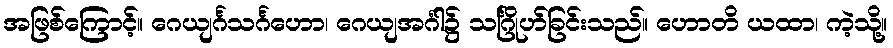
အဖြစ်ကြောင့်။ ဂေယျင်္ဂသင်္ဂဟော၊ ဂေယျအင်္ဂါ၌ သင်္ဂြိုဟ်ခြင်းသည်။ ဟောတိ ယထာ၊ ကဲ့သို့။